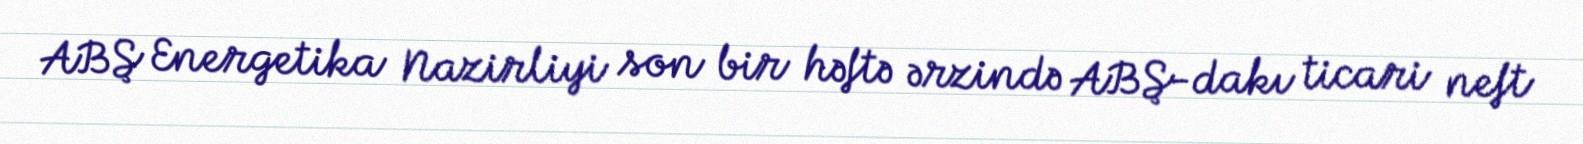
ABŞ Energetika Nazirliyi son bir həftə ərzində ABŞ-dakı ticari neft